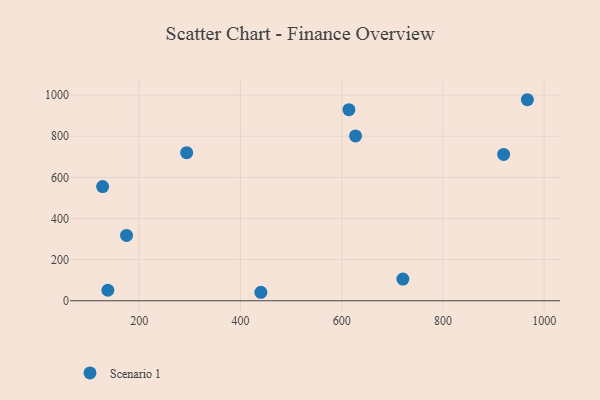
{"axis": {"x": "Speed", "y": "Salary"}, "legend": ["Scenario 1"], "data": [{"x": "127.8", "y": 555.2, "type": "Scenario 1"}, {"x": "720.9", "y": 105.5, "type": "Scenario 1"}, {"x": "138.1", "y": 51.2, "type": "Scenario 1"}, {"x": "293.8", "y": 720.0, "type": "Scenario 1"}, {"x": "919.9", "y": 711.6, "type": "Scenario 1"}, {"x": "614.3", "y": 928.8, "type": "Scenario 1"}, {"x": "440.4", "y": 41.3, "type": "Scenario 1"}, {"x": "627.4", "y": 801.2, "type": "Scenario 1"}, {"x": "966.8", "y": 977.4, "type": "Scenario 1"}, {"x": "175.0", "y": 317.7, "type": "Scenario 1"}]}